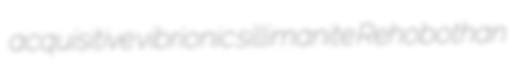
acquisitive vibrionic sillimanite Rehobothan